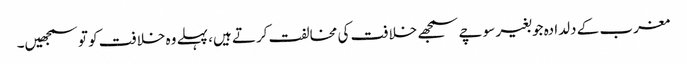
مغرب کے دلدادہ جو بغیر سوچے سمجھے خلافت کی مخالفت کرتے ہیں، پہلے وہ خلافت کو تو سمجھیں۔